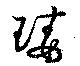
瑇